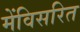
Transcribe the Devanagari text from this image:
मेंविसरित